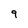
Character: 9